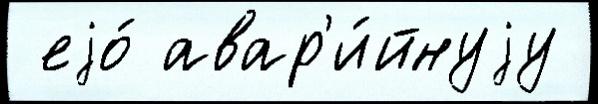
 еjо́ авар'и́йнуjу